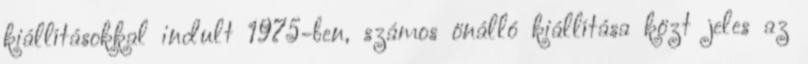
kiállításokkal indult 1975-ben, számos önálló kiállítása közt jeles az